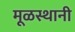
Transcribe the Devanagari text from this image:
मूळस्थानी